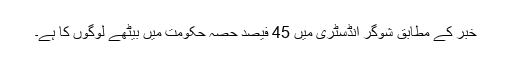
خبر کے مطابق شوگر انڈسٹری میں 45 فیصد حصہ حکومت میں بیٹھے لوگوں کا ہے۔